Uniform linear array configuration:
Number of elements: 24
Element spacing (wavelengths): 0.25
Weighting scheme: uniform
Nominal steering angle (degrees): -30
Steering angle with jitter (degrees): -28.894
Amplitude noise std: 0.05
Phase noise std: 0.05

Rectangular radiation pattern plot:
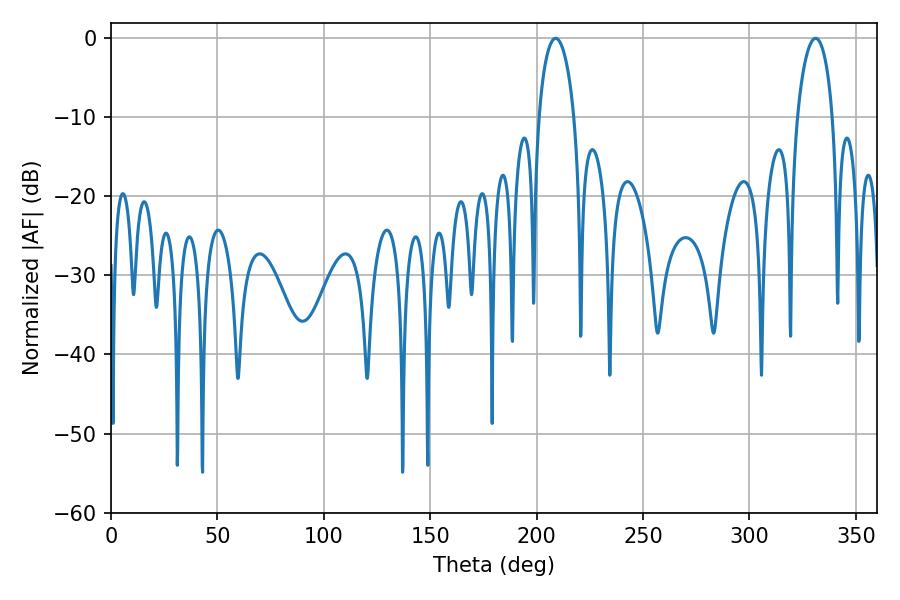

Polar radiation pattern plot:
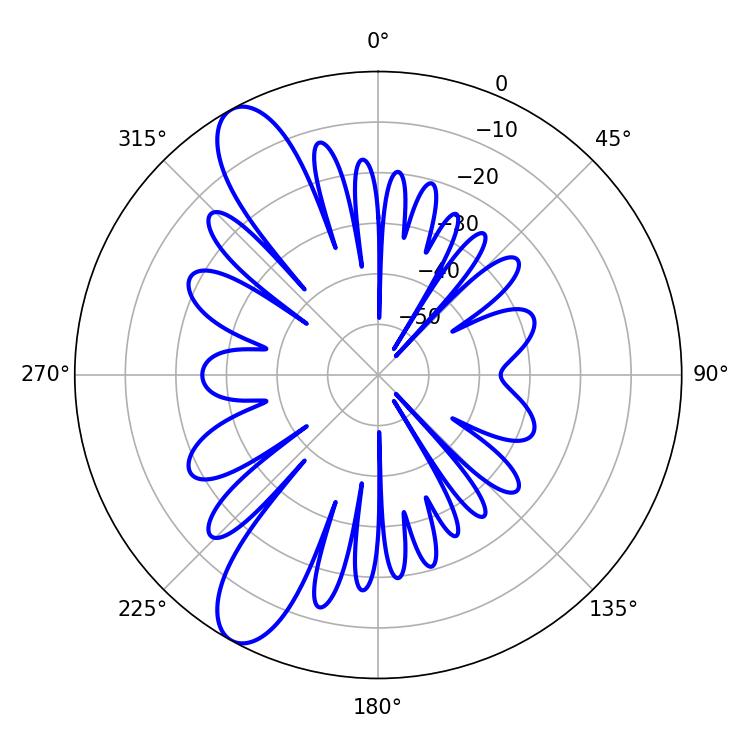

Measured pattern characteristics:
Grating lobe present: FALSE
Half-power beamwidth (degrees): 9.54
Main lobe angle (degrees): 208.98